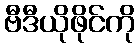
ဗီဒီယိုဖိုင်ကို